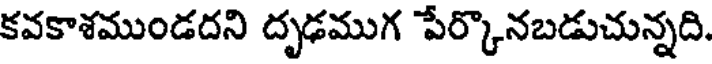
కవకాశముండదని దృఢముగ పేర్కొనబడుచున్నది.